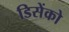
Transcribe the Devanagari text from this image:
डिसेंको